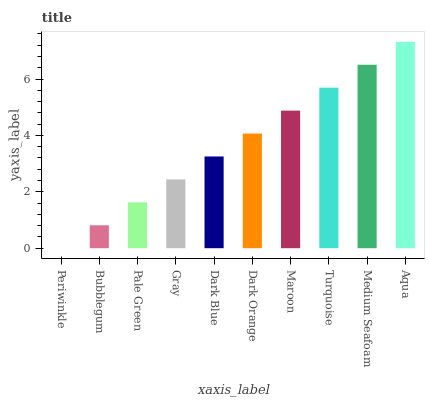
| xaxis_label | bars |
 | --- | --- |
 | Periwinkle | 0 |
 | Bubblegum | 0.813 |
 | Pale Green | 1.63 |
 | Gray | 2.44 |
 | Dark Blue | 3.25 |
 | Dark Orange | 4.07 |
 | Maroon | 4.88 |
 | Turquoise | 5.69 |
 | Medium Seafoam | 6.51 |
 | Aqua | 7.32 |